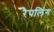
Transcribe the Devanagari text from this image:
रैपलिंग